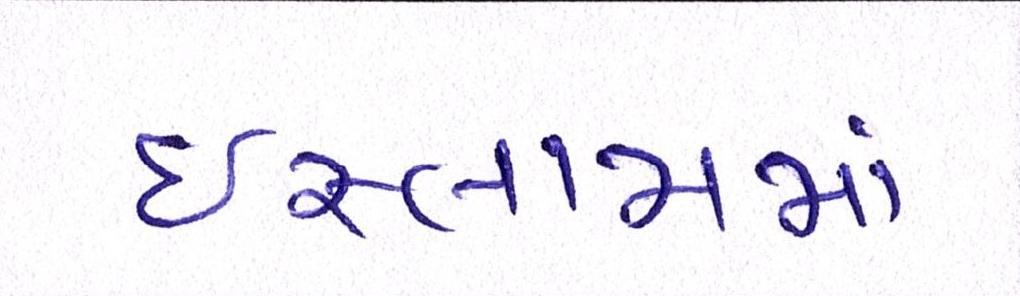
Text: ઇસ્લામમાં